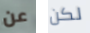
عن لكن